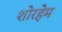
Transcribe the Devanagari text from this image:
शोरहेम